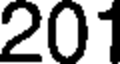
201